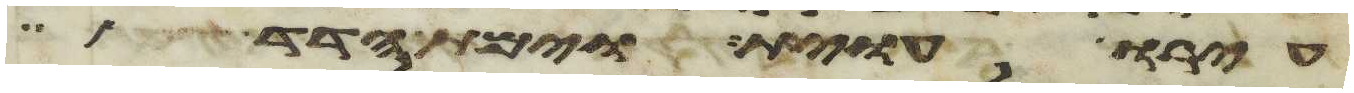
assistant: עירו עוית וימת הדד